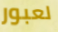
لعبور